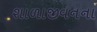
શાળાજીવનના